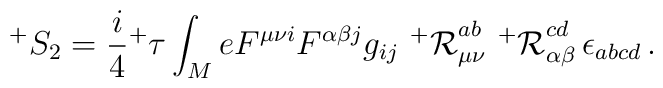
^{+}S_2=\frac{i}{4}{^+\tau} \int_M e F^{\mu \nu i} F^{\alpha \beta j} g_{ij} \,\,{^+{\cal R}}_{\mu \nu }^{ab}\,\,{^+{\cal R}}_{\alpha \beta}^{cd}\, \epsilon_{abcd} \, .